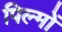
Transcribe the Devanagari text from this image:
पिल्मों